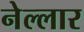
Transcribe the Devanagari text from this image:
नेल्‍लार